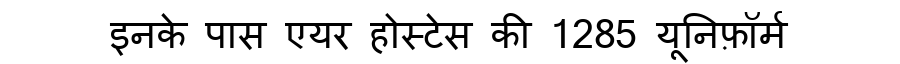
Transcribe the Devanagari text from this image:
इनके पास एयर होस्टेस की 1285 यूनिफ़ॉर्म